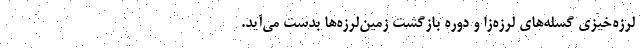
لرزه‌خیزی گسله‌های لرزه‌زا و دوره بازگشت زمین‌لرزه‌ها بدست می‌آید.